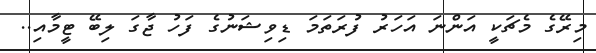
މިރޭގެ މެޗަކީ އަންނަ އަހަރު ފުރަތަމަ ޑިވިޝަނުގެ ފަހު ޖާގަ ލިބޭ ޓީމާއި..